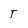
Character: T